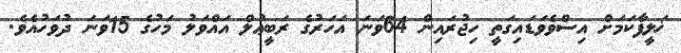
ޚަލީފާކަމަށް އިސްވެވަޑައިގަތީ ހިޖުރައިން 64ވަނަ އަހަރުގެ ރަބީޢުލް އައްވަލު މަހުގެ 15ވަނަ ދުވަހުއެވެ.